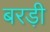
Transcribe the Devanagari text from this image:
बरड़ी